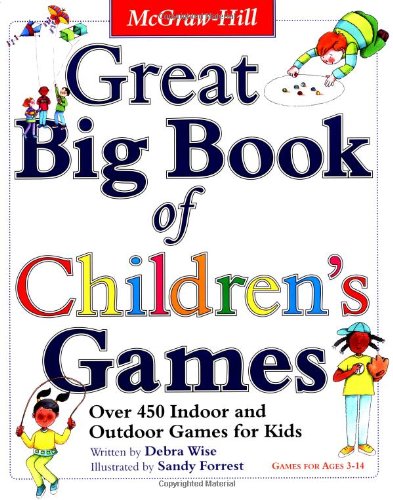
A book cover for Great Big Book of Children's Games: Over 450 Indoor & Outdoor Games for Kids, Ages 3-14; Debra Wise; Parenting & Relationships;